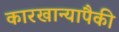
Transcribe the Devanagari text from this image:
कारखान्यापैकी